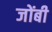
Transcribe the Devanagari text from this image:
जोंबी